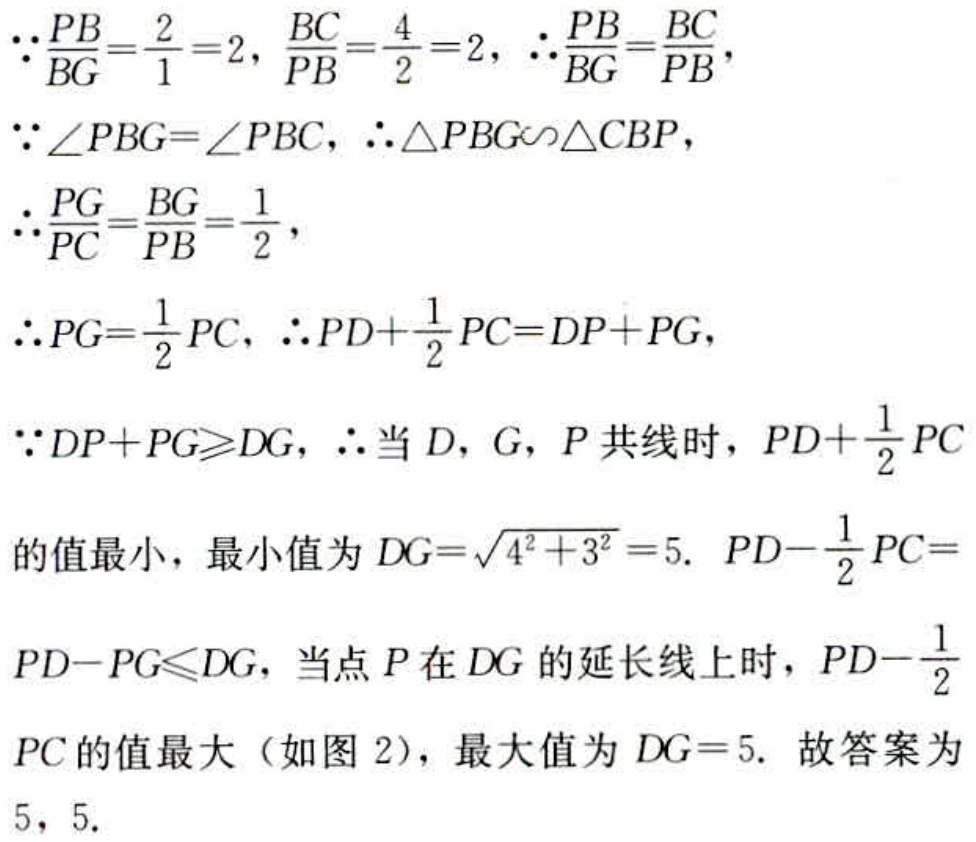
\(\because\frac{PB}{BG}=\frac{2}{1}=2,\frac{BC}{PB}=\frac{4}{2}=2,\therefore\frac{PB}{BG}=\frac{BC}{PB},\)
\(\because\angle PBG = \angle PBC,\therefore\triangle PBG\sim\triangle CBP,\)
\(\therefore\frac{PG}{PC}=\frac{BG}{PB}=\frac{1}{2},\)
\(\therefore PG=\frac{1}{2}PC,\therefore PD+\frac{1}{2}PC = DP + PG,\)
\(\because DP + PG\geqslant DG,\therefore\)当\(D,G,P\)共线时，\(PD+\frac{1}{2}PC\)
的值最小，最小值为\(DG = \sqrt{4^{2}+3^{2}} = 5.\ PD-\frac{1}{2}PC =\)
\(PD - PG\leqslant DG\)，当点\(P\)在\(DG\)的延长线上时，\(PD-\frac{1}{2}PC\)的值最大（如图2），最大值为\(DG = 5.\) 故答案为
\(5,5.\)